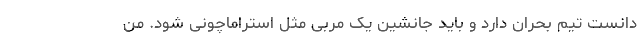
دانست تیم بحران دارد و باید جانشین یک مربی مثل استراماچونی شود. من